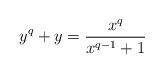
\begin{align*}y^q+y=\frac{x^q}{x^{q-1}+1}\end{align*}